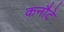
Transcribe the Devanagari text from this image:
कनौटे